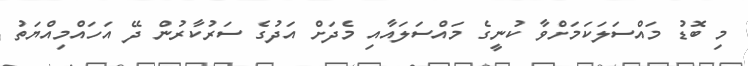
މި ބޮޑު މައްސަލަކަމަށްވާ ކުނީގެ މައްސަލައާއި މެދަށް އަދުގެ ސަރުކާރުން ދޭ އަހައްމިއްޔަތު